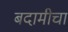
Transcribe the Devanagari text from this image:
बदामीचा